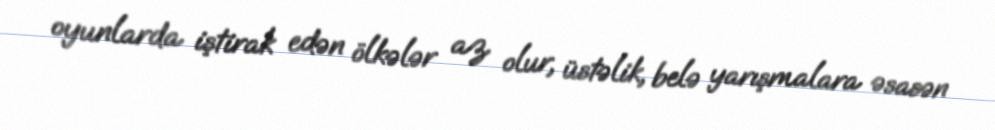
oyunlarda iştirak edən ölkələr az olur, üstəlik, belə yarışmalara əsasən